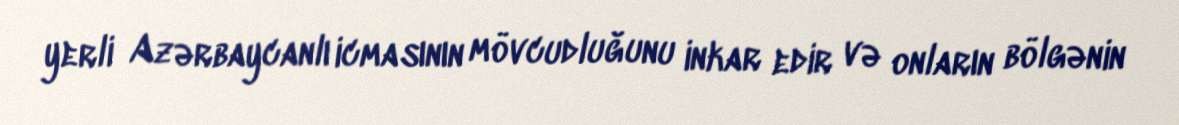
yerli Azərbaycanlı icmasının mövcudluğunu inkar edir və onların bölgənin